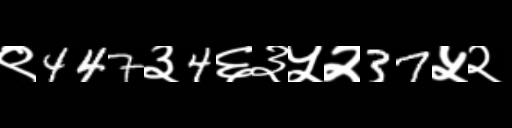
Text: ९447३4६३५२37५२